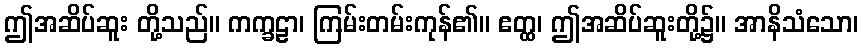
ဤအဆိပ်ဆူး တို့သည်။ ကက္ခဠာ၊ ကြမ်းတမ်းကုန်၏။ ဧတ္ထ၊ ဤအဆိပ်ဆူးတို့၌။ အာနိသံသော၊